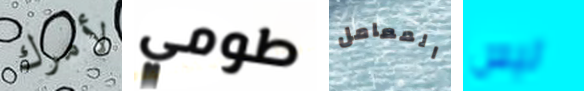
لأمرك طومي المعامل ليس